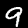
Digit: 9